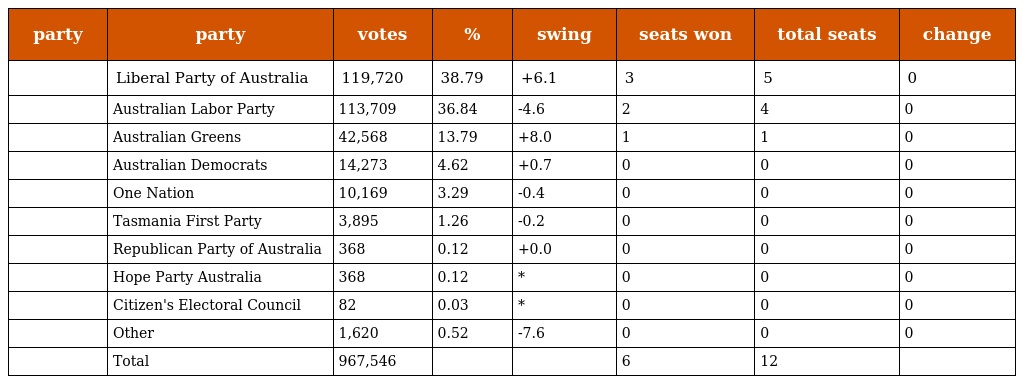
| party | party | votes | % | swing | seats won | total seats | change |
 | --- | --- | --- | --- | --- | --- | --- | --- |
 |  | Liberal Party of Australia | 119,720 | 38.79 | +6.1 | 3 | 5 | 0 |
 |  | Australian Labor Party | 113,709 | 36.84 | -4.6 | 2 | 4 | 0 |
 |  | Australian Greens | 42,568 | 13.79 | +8.0 | 1 | 1 | 0 |
 |  | Australian Democrats | 14,273 | 4.62 | +0.7 | 0 | 0 | 0 |
 |  | One Nation | 10,169 | 3.29 | -0.4 | 0 | 0 | 0 |
 |  | Tasmania First Party | 3,895 | 1.26 | -0.2 | 0 | 0 | 0 |
 |  | Republican Party of Australia | 368 | 0.12 | +0.0 | 0 | 0 | 0 |
 |  | Hope Party Australia | 368 | 0.12 | * | 0 | 0 | 0 |
 |  | Citizen's Electoral Council | 82 | 0.03 | * | 0 | 0 | 0 |
 |  | Other | 1,620 | 0.52 | -7.6 | 0 | 0 | 0 |
 |  | Total | 967,546 |  |  | 6 | 12 |  |